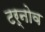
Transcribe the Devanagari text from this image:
टर्नोव